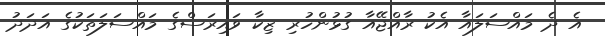
އެ ދެ މައްސަލައާ އެކު ރާއްޖޭއާ ގުޅުންހުރި ޒިކާ ވައިރަސްގެ މައްސަލަތަކުގެ އަދަދު